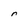
Character: r